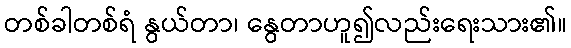
တစ်ခါတစ်ရံ နွယ်တာ၊ နွေတာဟူ၍လည်းရေးသား၏။